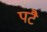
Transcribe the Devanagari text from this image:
पटै